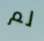
لم